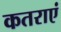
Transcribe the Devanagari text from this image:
कतराएं